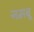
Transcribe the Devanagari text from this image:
नमवू